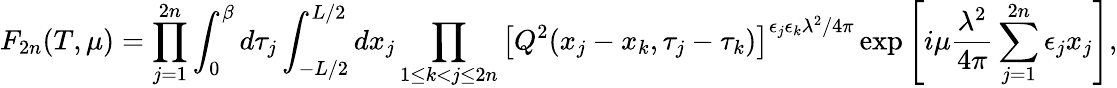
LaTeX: F_{2n}(T,\mu)=\prod_{j=1}^{2n}\int_{0}^{\beta}d\tau_{j}\int_{-L/2}^{L/2}dx_{j}\prod_{1\leq k<j\leq 2n}\left[Q^{2}(x_{j}-x_{k},\tau_{j}-\tau_{k})\right]^{\epsilon_{j}\epsilon_{k}\lambda^{2}/4\pi}\exp\left[i\mu\frac{\lambda^{2}}{4\pi}\sum_{j=1}^{2n}\epsilon_{j}x_{j}\right],